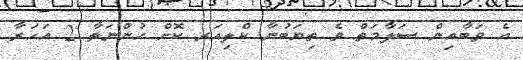
އެ ވަބާއިން ސަލާމަތް ވެ ތިޔަބުނާ ކްލިއަރ ކޮށް ހުންނަތާ 2 އަހަރާ